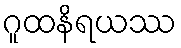
ဂူထနိရယဿ